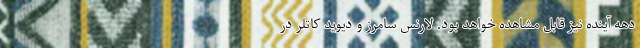
دهه آینده نیز قابل مشاهده خواهد بود. لارنس سامرز و دیوید کاتلر در